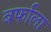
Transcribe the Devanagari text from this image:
बर्फाला